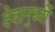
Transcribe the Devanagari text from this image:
देवानुर्ध्वो